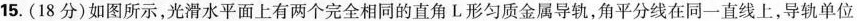
15.(18分)如图所示，光滑水平面上有两个完全相同的直角L形匀质金属导轨，角平分线在同一直线上，导轨单位